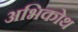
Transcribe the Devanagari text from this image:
अभिकोथ